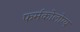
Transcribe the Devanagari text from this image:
फर्मकोलोग्य